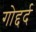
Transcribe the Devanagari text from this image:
गोद्दर्द